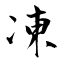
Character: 凍